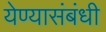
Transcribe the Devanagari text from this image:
येण्यासंबंधी